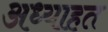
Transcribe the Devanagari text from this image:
अध्याहत